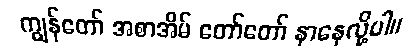
ကျွန်တော် အစာအိမ် တော်တော် နာနေလို့ပါ။